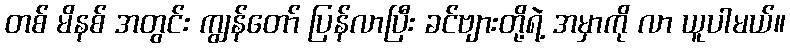
တစ် မိနစ် အတွင်း ကျွန်တော် ပြန်လာပြီး ခင်ဗျားတို့ရဲ့ အမှာကို လာ ယူပါမယ်။